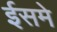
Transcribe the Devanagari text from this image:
ईसमे